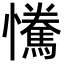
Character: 𢥂